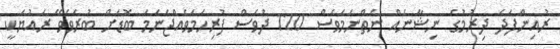
ރުއިންފަދަ ދިރުމުގެ ނިޝާނެއް ނެތްނަމަވެސް 120 ދުވަސް ފުރިހަމަވެއްޖެނަމަ ބޮޑަށް ބުރަވެވޭ ރައުޔަކީ